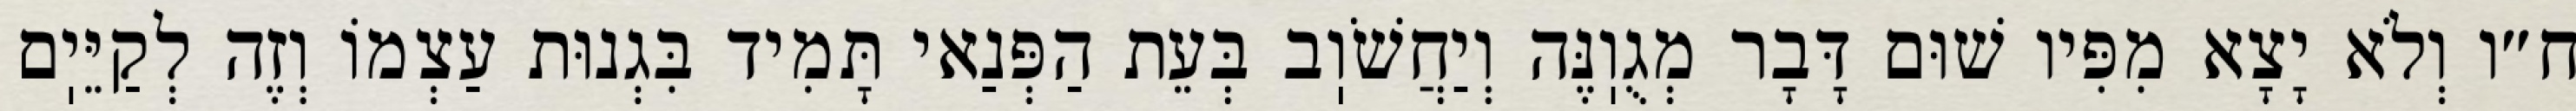
ח״ו וְלֹא יָצָא מִפִּיו שׁוּם דָּבָר מְגֻוֽנֶּה וְיַחֲשֹׁוֽב בְּעֵת הַפְּנַאי תָּמִיד בִּגְנוּת עַצְמוֹ וְזֶה לְקַיֵּיֽם